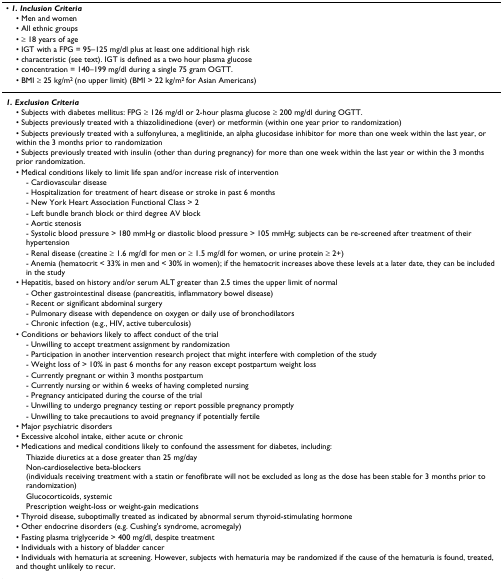
<table><thead><tr><td><b>• <i>1. Inclusion Criteria</i></b></td></tr><tr><td><b> • Men and women</b></td></tr><tr><td><b> • All ethnic groups</b></td></tr><tr><td><b> • ≥ 18 years of age</b></td></tr><tr><td><b> • IGT with a FPG = 95–125 mg/dl plus at least one additional high risk</b></td></tr><tr><td><b> • characteristic (see text). IGT is defined as a two hour plasma glucose</b></td></tr><tr><td><b> • concentration = 140–199 mg/dl during a single 75 gram OGTT.</b></td></tr><tr><td><b> • BMI ≥ 25 kg/m<sup>2 </sup>(no upper limit) (BMI &gt; 22 kg/m<sup>2 </sup>for Asian Americans)</b></td></tr></thead><tbody><tr><td><b><i>1. Exclusion Criteria</i></b></td></tr><tr><td> • Subjects with diabetes mellitus: FPG ≥ 126 mg/dl or 2-hour plasma glucose ≥ 200 mg/dl during OGTT.</td></tr><tr><td> • Subjects previously treated with a thiazolidinedione (ever) or metformin (within one year prior to randomization)</td></tr><tr><td> • Subjects previously treated with a sulfonylurea, a meglitinide, an alpha glucosidase inhibitor for more than one week within the last year, or within the 3 months prior to randomization</td></tr><tr><td> • Subjects previously treated with insulin (other than during pregnancy) for more than one week within the last year or within the 3 months prior randomization.</td></tr><tr><td> • Medical conditions likely to limit life span and/or increase risk of intervention</td></tr><tr><td>- Cardiovascular disease</td></tr><tr><td>- Hospitalization for treatment of heart disease or stroke in past 6 months</td></tr><tr><td>- New York Heart Association Functional Class &gt; 2</td></tr><tr><td>- Left bundle branch block or third degree AV block</td></tr><tr><td>- Aortic stenosis</td></tr><tr><td>- Systolic blood pressure &gt; 180 mmHg or diastolic blood pressure &gt; 105 mmHg; subjects can be re-screened after treatment of their hypertension</td></tr><tr><td>- Renal disease (creatine ≥ 1.6 mg/dl for men or ≥ 1.5 mg/dl for women, or urine protein ≥ 2+)</td></tr><tr><td>- Anemia (hematocrit &lt; 33% in men and &lt; 30% in women); if the hematocrit increases above these levels at a later date, they can be included in the study</td></tr><tr><td> • Hepatitis, based on history and/or serum ALT greater than 2.5 times the upper limit of normal</td></tr><tr><td>- Other gastrointestinal disease (pancreatitis, inflammatory bowel disease)</td></tr><tr><td>- Recent or significant abdominal surgery</td></tr><tr><td>- Pulmonary disease with dependence on oxygen or daily use of bronchodilators</td></tr><tr><td>- Chronic infection (e.g., HIV, active tuberculosis)</td></tr><tr><td> • Conditions or behaviors likely to affect conduct of the trial</td></tr><tr><td>- Unwilling to accept treatment assignment by randomization</td></tr><tr><td>- Participation in another intervention research project that might interfere with completion of the study</td></tr><tr><td>- Weight loss of &gt; 10% in past 6 months for any reason except postpartum weight loss</td></tr><tr><td>- Currently pregnant or within 3 months postpartum</td></tr><tr><td>- Currently nursing or within 6 weeks of having completed nursing</td></tr><tr><td>- Pregnancy anticipated during the course of the trial</td></tr><tr><td>- Unwilling to undergo pregnancy testing or report possible pregnancy promptly</td></tr><tr><td>- Unwilling to take precautions to avoid pregnancy if potentially fertile</td></tr><tr><td> • Major psychiatric disorders</td></tr><tr><td> • Excessive alcohol intake, either acute or chronic</td></tr><tr><td> • Medications and medical conditions likely to confound the assessment for diabetes, including:</td></tr><tr><td>Thiazide diuretics at a dose greater than 25 mg/day</td></tr><tr><td>Non-cardioselective beta-blockers (individuals receiving treatment with a statin or fenofibrate will not be excluded as long as the dose has been stable for 3 months prior to randomization)</td></tr><tr><td>Glucocorticoids, systemic</td></tr><tr><td>Prescription weight-loss or weight-gain medications</td></tr><tr><td> • Thyroid disease, suboptimally treated as indicated by abnormal serum thyroid-stimulating hormone</td></tr><tr><td> • Other endocrine disorders (e.g. Cushing&#x27;s syndrome, acromegaly)</td></tr><tr><td> • Fasting plasma triglyceride &gt; 400 mg/dl, despite treatment</td></tr><tr><td> • Individuals with a history of bladder cancer</td></tr><tr><td> • Individuals with hematuria at screening. However, subjects with hematuria may be randomized if the cause of the hematuria is found, treated, and thought unlikely to recur.</td></tr></tbody></table>